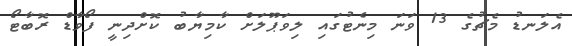
އެލަނޑު މެޗުގެ 13 ވަނަ މިނެޓުގައި ލިވަޕޫލަށް ކާމިޔާބު ކޮށްދިނީ ފޯވާޑް ރޮބާޓޯ